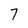
Character: 7